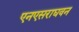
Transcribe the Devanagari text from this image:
एनएसराघवन